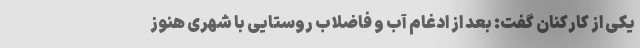
یکی از کارکنان گفت: بعد از ادغام آب و فاضلاب روستایی با شهری هنوز